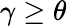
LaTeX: \gamma\geq\theta